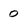
Character: 0